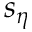
s _ { \eta }